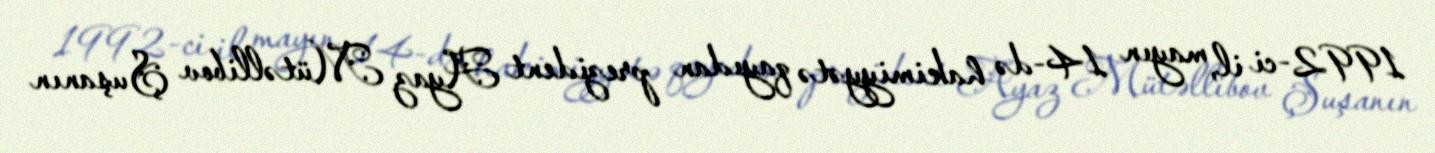
1992-ci il, mayın 14-də hakimiyyətə qayıdan prezident Ayaz Mütəllibov Şuşanın